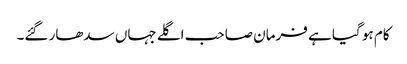
کام ہو گیا ہے فرمان صاحب اگلے جہاں سدھار گئے۔